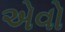
એવો